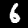
Digit: 6